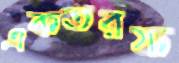
একতরফ